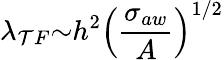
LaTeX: {\lambda}_{\mathcal{T}F}{\sim}h^{2}\left(\frac{{{\sigma}_{aw}}}{{A}}\right)^{1/2}